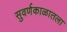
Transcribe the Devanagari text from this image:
सुवर्णकाळातला